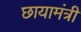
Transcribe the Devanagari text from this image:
छायामंत्री